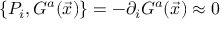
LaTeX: \{ P _ { i } , G ^ { a } ( \vec { x } ) \} = - \partial _ { i } G ^ { a } ( \vec { x } ) \approx 0